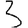
Digit: 3